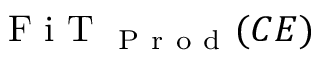
\mathrm { ~ F ~ i ~ T ~ } _ { \mathrm { ~ P ~ r ~ o ~ d ~ } } ( C E )